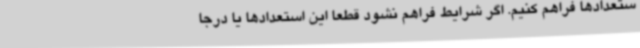
ستعدادها فراهم کنیم. اگر شرایط فراهم نشود قطعا این استعدادها یا درجا